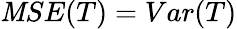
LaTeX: \mathit{M}SE(T)=Var(T)